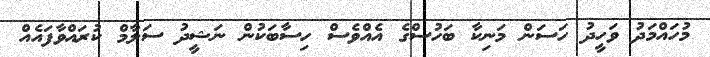
މުހައްމަދު ވަހީދު ހަސަން މަނިކާ ބަހުސްގެ އެއްވެސް ހިސާބަކުން ނަޝީދު ސަލާމް ކުރައްވާފައެއް